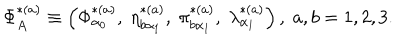
\Phi _ { A } ^ { * ( a ) } \equiv \left( \Phi _ { \alpha _ { 0 } } ^ { * ( a ) } , \; \eta _ { b \alpha _ { 1 } } ^ { * ( a ) } , \; \pi _ { b \alpha _ { 1 } } ^ { * ( a ) } , \; \lambda _ { \alpha _ { 1 } } ^ { * ( a ) } \right) , \; a , b = 1 , 2 , 3 .